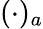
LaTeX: (\cdot)_{a}